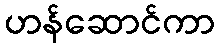
ဟန်ဆောင်ကာ